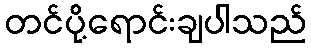
တင်ပို့ရောင်းချပါသည်